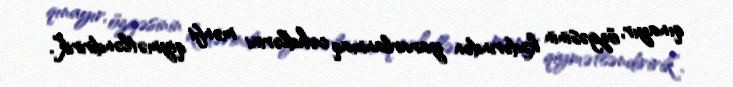
qınayır, özgəsinin kədərindən yararlanmaq cəhdlərini mənfi qiymətləndiririk”.